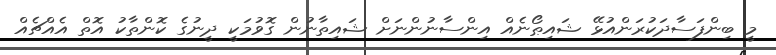
މީ ބިންފަސާދަކުރަންއުޅޭ ޝައިޠޯނެއް އިންސާނުންނަށް ޝައިތާނުން ގޮވުމަކީ ދީނުގެ ކޮންތާކު އޮތް އެއްޗެއް